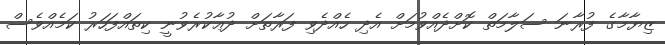
ޒިޔާމާގެ ފުރާނަ ސަލާމަތް ކޮށްދެއްވުމަށް އެދި ހެއްދެވި ފަރާތަށް ދުޢާކުރެވުނީ ކިތައްފަހަރު ކަމެއްވެސް